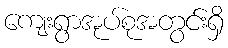
ကျေးရွာအုပ်စုအတွင်းရှိ